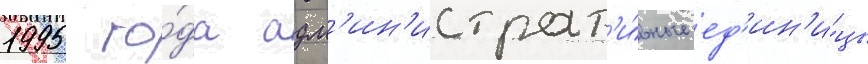
1995 го́да адм'ин'истрат'и́вные ед'ин'и́цы